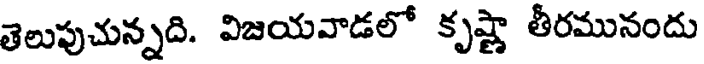
తెలుపుచున్నది. విజయవాడలో కృష్ణా తీరమునందు